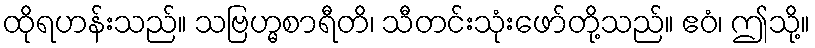
ထိုရဟန်းသည်။ သဗြဟ္မစာရီတိ၊ သီတင်းသုံးဖော်တို့သည်။ ဧဝံ၊ ဤသို့။